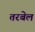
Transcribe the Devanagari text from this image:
तरबेल